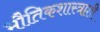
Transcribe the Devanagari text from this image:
भौतिकशास्त्राशी